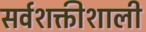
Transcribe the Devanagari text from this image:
सर्वशक्तीशाली